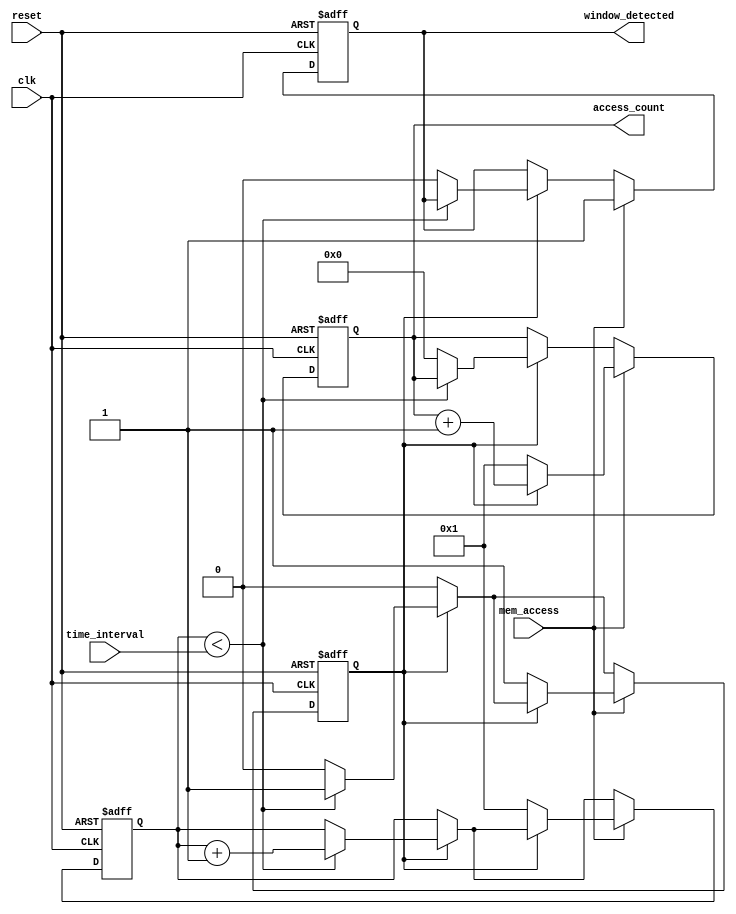
module memory_time_window_detector (
    input wire clk,                // System clock signal
    input wire reset,              // Asynchronous reset signal
    input wire mem_access,         // Memory access signal (read/write)
    input wire [7:0] time_interval, // Configurable time-window in clock cycles
    output reg window_detected,    // Signal indicating memory access within time-window
    output reg [7:0] access_count   // Counter for number of accesses detected
);

    reg [7:0] counter;             // Counter for time-window tracking
    reg counting;                  // Flag to indicate if counting is active

    // Asynchronous reset and counting logic
    always @(posedge clk or posedge reset) begin
        if (reset) begin
            counter <= 8'b0;        // Reset counter
            access_count <= 8'b0;   // Reset access count
            window_detected <= 1'b0; // Clear window detected flag
            counting <= 1'b0;       // Stop counting
        end else begin
            if (counting) begin
                if (counter < time_interval) begin
                    counter <= counter + 1; // Increment counter
                end else begin
                    counting <= 1'b0;       // Stop counting when time interval is reached
                    access_count <= 8'b0;   // Reset access count
                    window_detected <= 1'b0; // Clear window detected flag
                end
            end
            
            // Memory access detection
            if (mem_access) begin
                if (!counting) begin
                    counting <= 1'b1;       // Start counting
                    counter <= 8'b1;        // Initialize counter to 1 for the first access
                    access_count <= 8'b1;    // Initialize access count
                    window_detected <= 1'b1; // Set window detected flag
                end else begin
                    access_count <= access_count + 1; // Increment access count
                    window_detected <= 1'b1; // Keep window detected flag high
                end
            end
        end
    end

endmodule